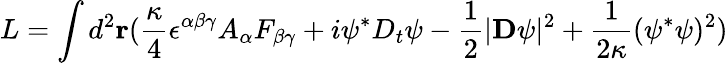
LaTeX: L=\int d^{2}{\mathbf r}({\frac{\kappa}{4}}\epsilon^{\alpha\beta\gamma}A_{\alpha}F_{\beta\gamma}+i\psi^{\ast}D_{t}\psi-{\frac{1}{2}}|{\mathbf D}\psi|^{2}+{\frac{1}{2\kappa}}(\psi^{\ast}\psi)^{2})